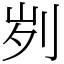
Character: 刿